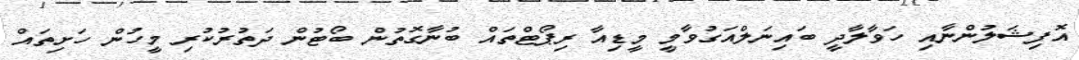
އޮފިޝަލުންނާއި ހަވާލާދީ ބައިނަލްއަގުވާމީ މީޑިއާ ރިޕޯޓްތައް ބުނާގޮތުން ބޯޓުން ދަތުރުކުރި މީހުން ހަށިތައް